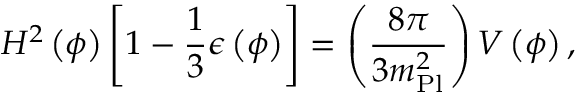
H ^ { 2 } \left( \phi \right) \left[ 1 - { \frac { 1 } { 3 } } \epsilon \left( \phi \right) \right] = \left( { \frac { 8 \pi } { 3 m _ { \mathrm { P l } } ^ { 2 } } } \right) V \left( \phi \right) ,